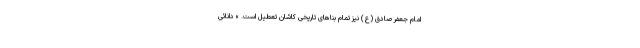
امام جعفر صادق (ع) نیز تمام بناهای تاریخی کاشان تعطیل است. » دانائی